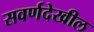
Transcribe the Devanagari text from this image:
सवर्णदेखील